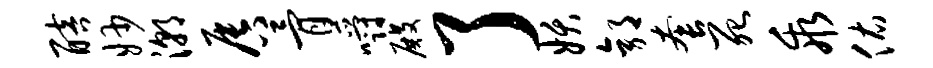
醅妙潮唇骨嚼殿了妖郭套死乖佑